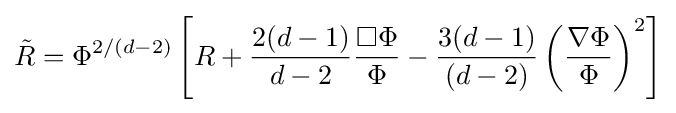
{\tilde {R}}=\Phi ^{2/(d-2)}\left[R+{\frac {2(d-1)}{d-2}}{\frac {\Box \Phi }{\Phi }}-{\frac {3(d-1)}{(d-2)}}\left({\frac {\nabla \Phi }{\Phi }}\right)^{2}\right]